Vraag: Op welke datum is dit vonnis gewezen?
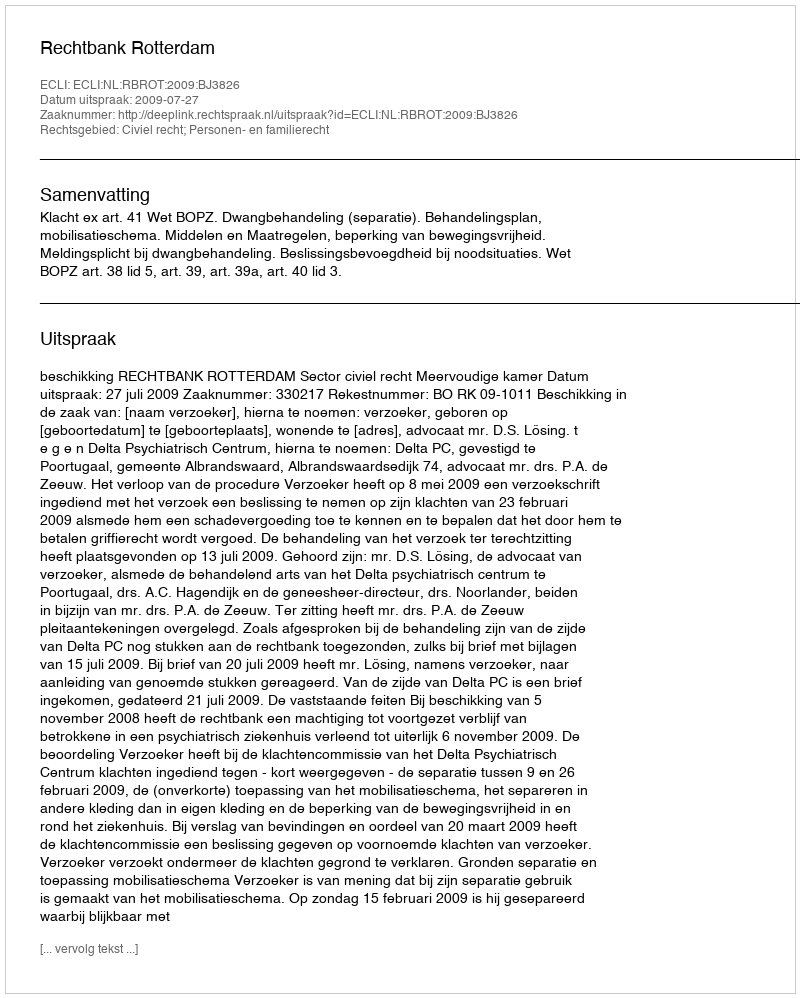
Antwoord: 2009-07-27